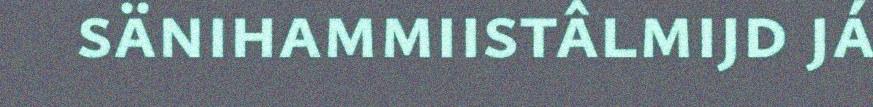
sänihammiistâlmijd já